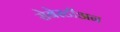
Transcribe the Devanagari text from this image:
सेबेस्टीअन